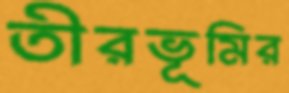
তীরভূমির